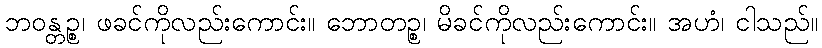
ဘဝန္တဉ္စ၊ ဖခင်ကိုလည်းကောင်း။ ဘောတဉ္စ၊ မိခင်ကိုလည်းကောင်း။ အဟံ၊ ငါသည်။